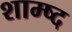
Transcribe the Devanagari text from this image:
शाम्ष्द